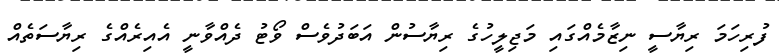
ފުރިހަމަ ރިޔާސީ ނިޒާމެއްގައި މަޖިލީހުގެ ރިޔާސުން އަބަދުވެސް ވޯޓު ދެއްވާނީ އެއިރެއްގެ ރިޔާސަތެއް